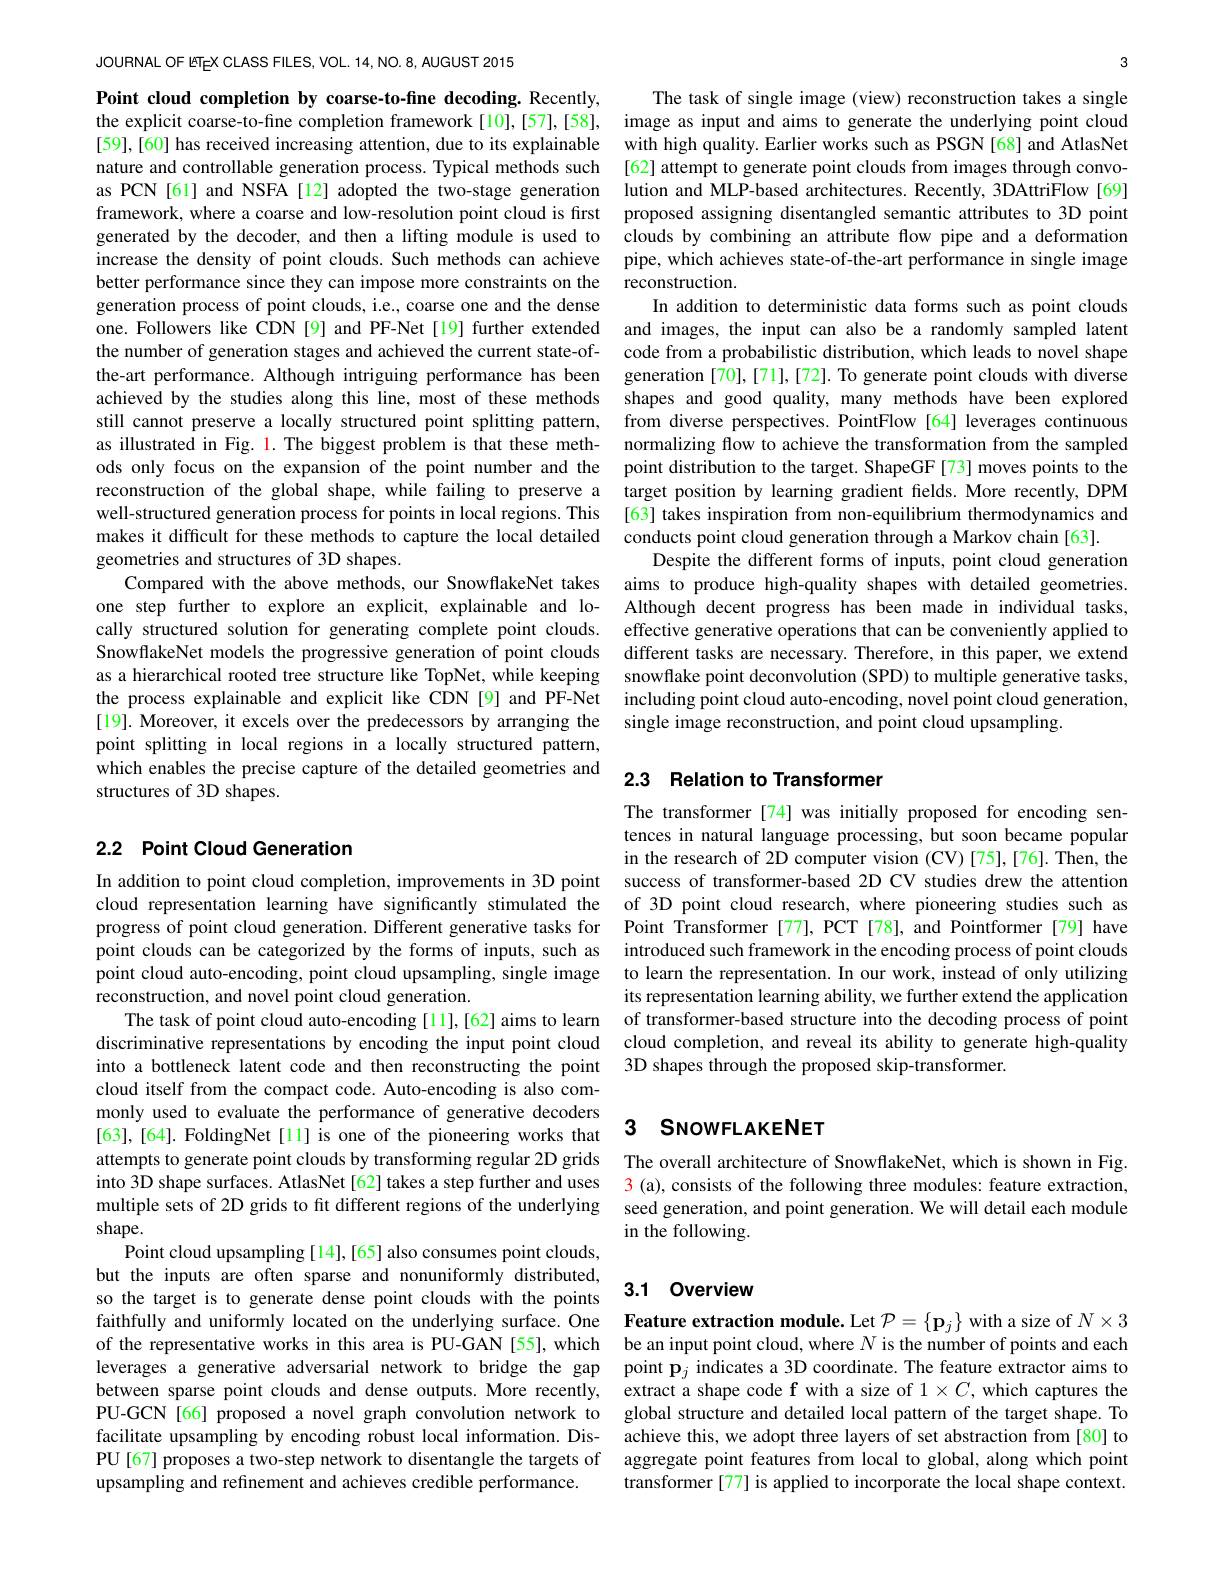
JOURNAL OF ETEX CLASS FILES, VOL. 14, NO. 8, AUGUST 2015

Point cloud completion by coarse-to-fine decoding. Recently, the explicit coarse-to-fine completion framework[10],[57],[58], [59],[60] has received increasing attention, due to its explainable generation process of point clouds, i.e., coarse one and the dense achieved by the studies along this line, most of these methods geometries and structures of 3D shapes.
one step further to explore an explicit, explainable and locally structured solution for generating complete point clouds. SnowflakeNet models the progressive generation of point clouds as a hierarchical rooted tree structure like TopNet, while keeping point splitting in local regions in a locally structured pattern, which enables the precise capture of the detailed geometries and 2.3 Relation to Transformer
structures of 3D shapes.

# 2.2 Point Cloud Generation

reconstruction, and novel point cloud generation.
cloud itself from the compact code. Auto-encoding is also commonly used to evaluate the performance of generative decoders [63], [64]. FoldingNet [11] is one of the pioneering works that attempts to generate point clouds by transforming regular 2D grids The overall architecture of SnowflakeNet, which is shown in Fig. into 3D shape surfaces. AtlasNet[62] takes a step further and uses $\color{red}{3}$ (a), consists of the following three modules: feature extraction, multiple sets of 2D grids to fit different regions of the underlying seed generation, and point generation. We will detail each module shape.
Point cloud upsampling [14],[65] also consumes point clouds, but the inputs are often sparse and nonuniformly distributed, so the target is to generate dense point clouds with the points faithfully and uniformly located on the underlying surface. One Feature extraction module. Let $\mathcal{P}=\{\mathbf{p}_j\}$ with a size of $N\times3$ of the representative works in this area is PU-GAN [55], which be an input point cloud, where $N$ is the number of points and each leverages a generative adversarial network to bridge the gap point $\mathbf{p}_j$ indicates a 3D coordinate. The feature extractor aims to between sparse point clouds and dense outputs. More recently,
PU-GCN[66] proposed a novel graph convolution network to global structure and detailed local pattern of the target shape. To
facilitate upsampling by encoding robust local information. Dis-
PU[67] proposes a two-step network to disentangle the targets of aggregate point features from local to global, along which point
upsampling and refinement and achieves credible performance.

3

The task of single image (view) reconstruction takes a single image as input and aims to generate the underlying point cloud with high quality. Earlier works such as PSGN [68] and AtlasNet
nature and controllable generation process. Typical methods such [62] attempt to generate point clouds from images through convoas PCN[61] and NSFA[12] adopted the two-stage generation lution and MLP-based architectures. Recently, 3DAttriFlow[69] framework, where a coarse and low-resolution point cloud is first proposed assigning disentangled semantic attributes to 3D point generated by the decoder, and then a lifting module is used to clouds by combining an attribute flow pipe and a deformation increase the density of point clouds. Such methods can achieve pipe, which achieves state-of-the-art performance in single image better performance since they can impose more constraints on the reconstruction.
In addition to deterministic data forms such as point clouds
one. Followers like CDN[9] and PF-Net[19] further extended and images, the input can also be a randomly sampled latent the number of generation stages and achieved the current state-of- code from a probabilistic distribution, which leads to novel shape the-art performance. Although intriguing performance has been generation [70],[71],[72]. To generate point clouds with diverse
shapes and good quality, many methods have been explored
still cannot preserve a locally structured point splitting pattern, from diverse perspectives. PointFlow [64] leverages continuous as illustrated in Fig. 1. The biggest problem is that these meth- normalizing flow to achieve the transformation from the sampled ods only focus on the expansion of the point number and the point distribution to the target. ShapeGF[73] moves points to the reconstruction of the global shape, while failing to preserve a target position by learning gradient fields. More recently, DPM well-structured generation process for points in local regions. This [63] takes inspiration from non-equilibrium thermodynamics and makes it difficult for these methods to capture the local detailed conducts point cloud generation through a Markov chain[63].
Despite the different forms of inputs, point cloud generation
Compared with the above methods, our SnowflakeNet takes aims to produce high-quality shapes with detailed geometries.
Although decent progress has been made in individual tasks, effective generative operations that can be conveniently applied to different tasks are necessary. Therefore, in this paper, we extend snowflake point deconvolution (SPD) to multiple generative tasks,
the process explainable and explicit like CDN [9] and PF-Net including point cloud auto-encoding, novel point cloud generation,
[19]. Moreover, it excels over the predecessors by arranging the single image reconstruction, and point cloud upsampling

The transformer[74] was initially proposed for encoding sentences in natural language processing, but soon became popular in the research of 2D computer vision (CV)[75],[76]. Then, the
In addition to point cloud completion, improvements in 3D point success of transformer-based 2D CV studies drew the attention cloud representation learning have significantly stimulated the of 3D point cloud research, where pioneering studies such as progress of point cloud generation. Different generative tasks for Point Transformer [77], PCT [78], and Pointformer[79] have point clouds can be categorized by the forms of inputs, such as introduced such framework in the encoding process of point clouds point cloud auto-encoding, point cloud upsampling, single image to learn the representation. In our work, instead of only utilizing
its representation learning ability, we further extend the application
The task of point cloud auto-encoding[11],[62] aims to learn of transformer-based structure into the decoding process of point discriminative representations by encoding the input point cloud cloud completion, and reveal its ability to generate high-quality into a bottleneck latent code and then reconstructing the point 3D shapes through the proposed skip-transformer.

## 3 SNOWFLAKENET

in the following.

## 3.1 Overview

extract a shape code f with a size of $1\times C$, which captures the achieve this, we adopt three layers of set abstraction from [80] to transformer [77] is applied to incorporate the local shape context.